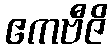
ဧကဗီဇိ